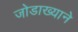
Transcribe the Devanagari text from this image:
जोडाख्याने